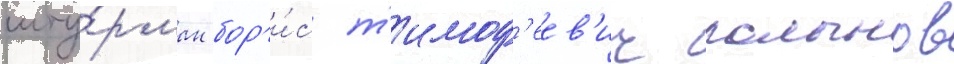
шту́рман бор'и́с т'имоф'еев'ич полынов